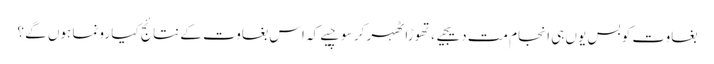
بغاوت کو بس یوں ہی انجام مت دیجیے ، تھوڑا ٹھہر کر سوچیے کہ اس بغاوت کے نتائج کیا رونما ہوں گے ؟